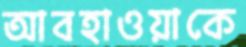
আবহাওয়াকে